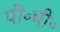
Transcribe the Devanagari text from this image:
पी॰बी॰